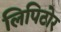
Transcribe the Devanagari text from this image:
लिपिटोर